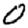
Digit: 0